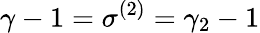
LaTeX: \gamma-1=\sigma^{(2)}=\gamma_{2}-1